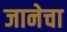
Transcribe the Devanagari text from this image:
जानेचा